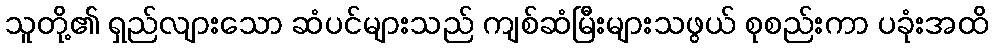
သူတို့၏ ရှည်လျားသော ဆံပင်များသည် ကျစ်ဆံမြီးများသဖွယ် စုစည်းကာ ပခုံးအထိ